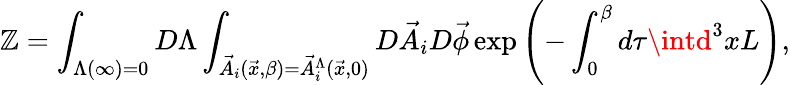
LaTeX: {\cal\mathbb{Z}}=\int_{\Lambda(\infty)=0}D\Lambda\int_{{\vec{{A}}}_{i}({\vec{{x}}},\beta)={\vec{{A}}}_{i}^{\Lambda}({\vec{{x}}},0)}{D}{\vec{{A}}}_{i}D{\vec{{\phi}}}\exp\left(-\int_{0}^{\beta}d\tau\intd^{3}xL\right),